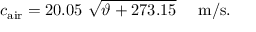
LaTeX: c _ { \mathrm { a i r } } = 2 0 . 0 5 ~ { \sqrt { \vartheta + 2 7 3 . 1 5 } } ~ ~ ~ ~ \mathrm { m / s } .